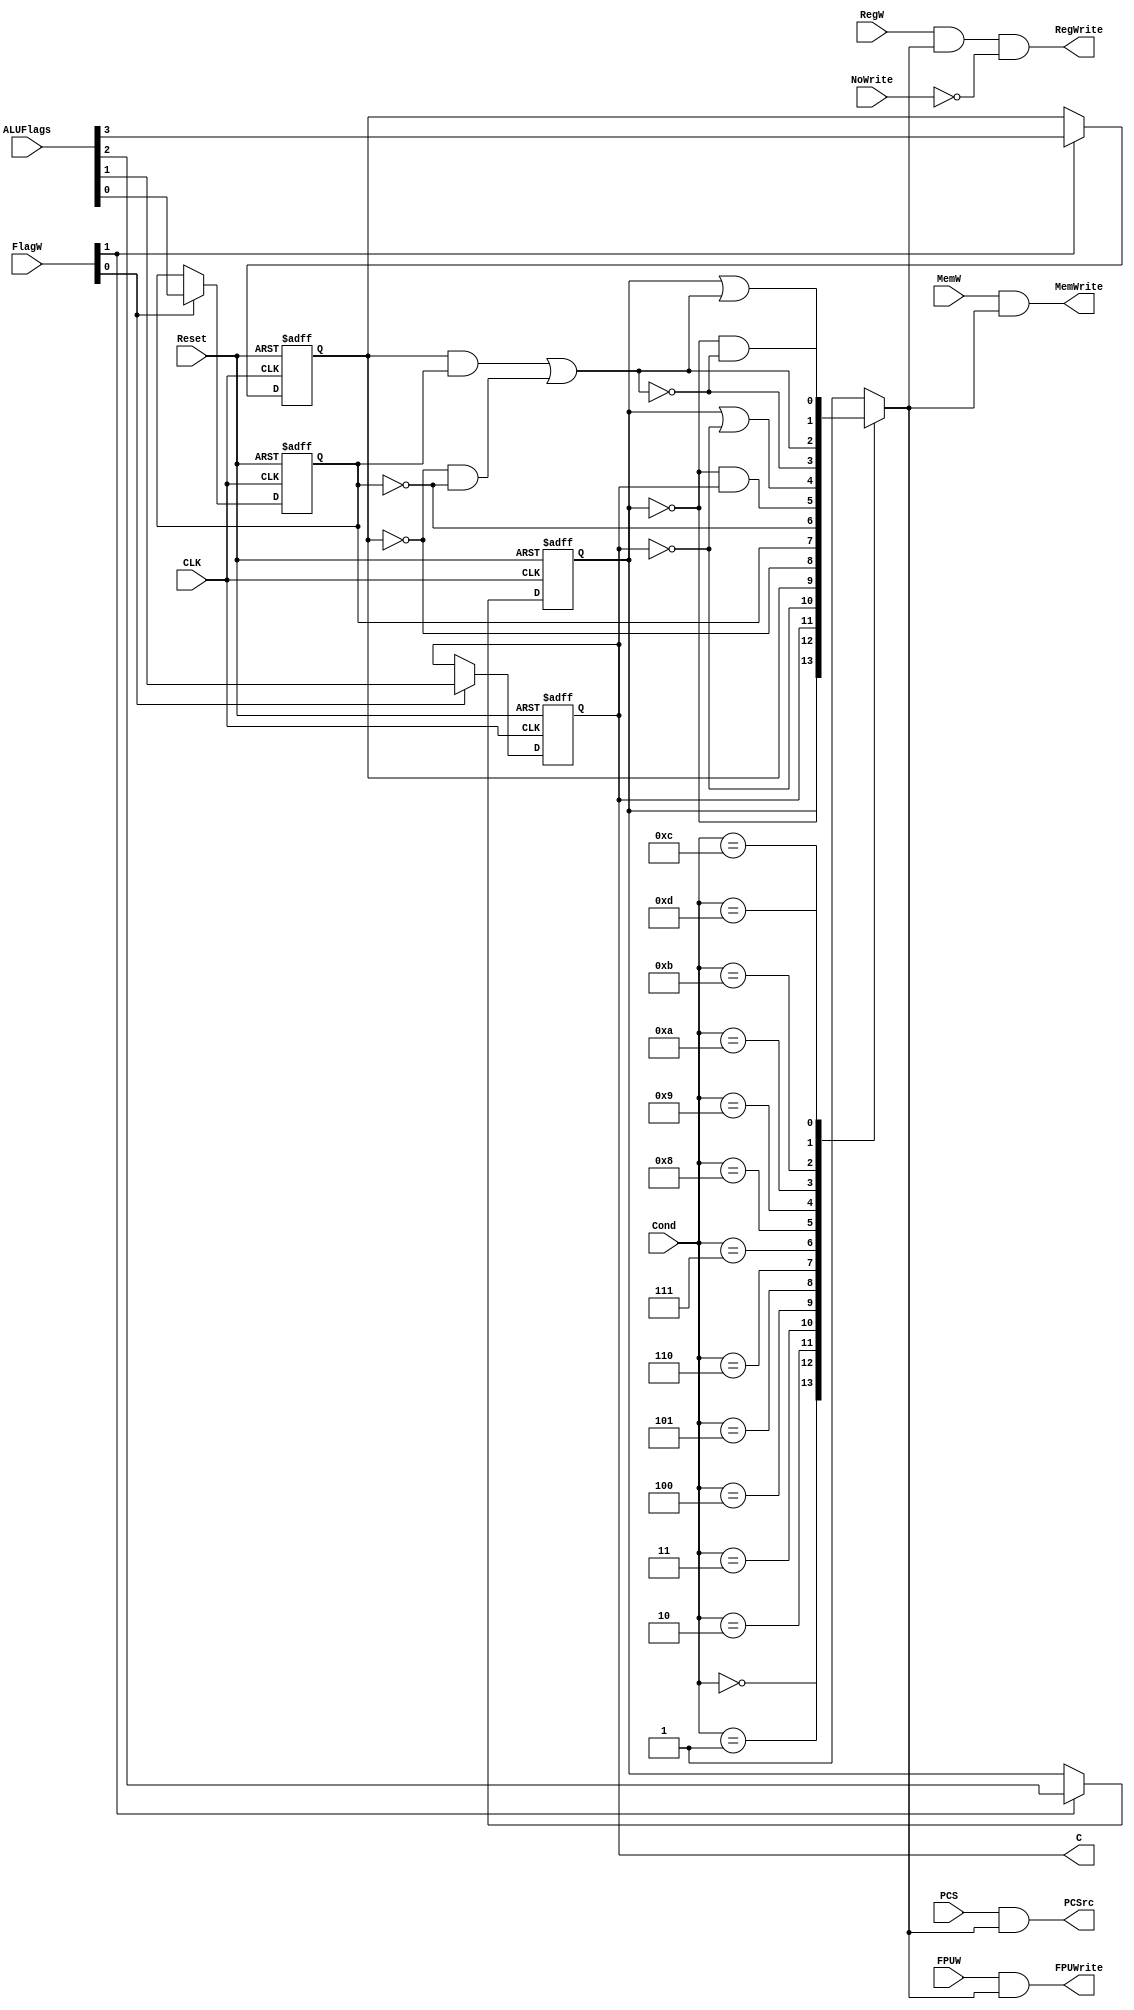
module CondLogic(
    input CLK,
    input Reset,

    input PCS,
    input RegW,
    input MemW,
    input [1:0] FlagW,
    input [3:0] Cond,
    input [3:0] ALUFlags,
    input NoWrite,
    
    input FPUW,
    output FPUWrite,
    
    output PCSrc,
    output RegWrite,
    output MemWrite,
    
    output reg C // for ALU ADC SBC operations, multi-words operation
); 
    
    reg CondEx;
    reg N = 0, Z = 0, V = 0;
   // reg C = 0;
   
    always @(posedge CLK or posedge Reset) begin
        if(Reset) begin
            N <= 0;  // && CondEx
            Z <= 0;
            C <= 0;
            V <= 0;
        end
        else begin   
            N <= (FlagW[1]) ? ALUFlags[3] : N;  // && CondEx
            Z <= (FlagW[1]) ? ALUFlags[2] : Z;
            C <= (FlagW[0]) ? ALUFlags[1] : C;
            V <= (FlagW[0]) ? ALUFlags[0] : V;
        end
    end

    always @* begin
        case(Cond)
            4'd0:  CondEx = Z;
            4'd1:  CondEx = ~Z;
            4'd2:  CondEx = C;
            4'd3:  CondEx = ~C;
            4'd4:  CondEx = N;
            4'd5:  CondEx = ~N;
            4'd6:  CondEx = V;
            4'd7:  CondEx = ~V;
            4'd8:  CondEx = (~Z) & C;
            4'd9:  CondEx = Z | (~C);
            4'd10: CondEx = ~((N & V) | ((~N) & (~V)));
            4'd11: CondEx = (N & V) | ((~N) & (~V));
            4'd12: CondEx = (~Z) & ~((N & V) | ((~N) & (~V)));
            4'd13: CondEx = Z | ((N & V) | ((~N) & (~V)));
            default: CondEx = 1;
        endcase
    end
    
    assign FPUWrite = FPUW & CondEx;
    assign PCSrc = PCS & CondEx;
    assign RegWrite = RegW & CondEx & (~NoWrite);
    assign MemWrite = MemW & CondEx;
    
endmodule